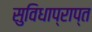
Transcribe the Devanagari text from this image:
सुविधाप्राप्त